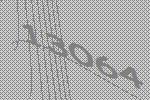
13064